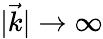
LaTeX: |\vec{k}|\to\infty